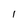
Character: I